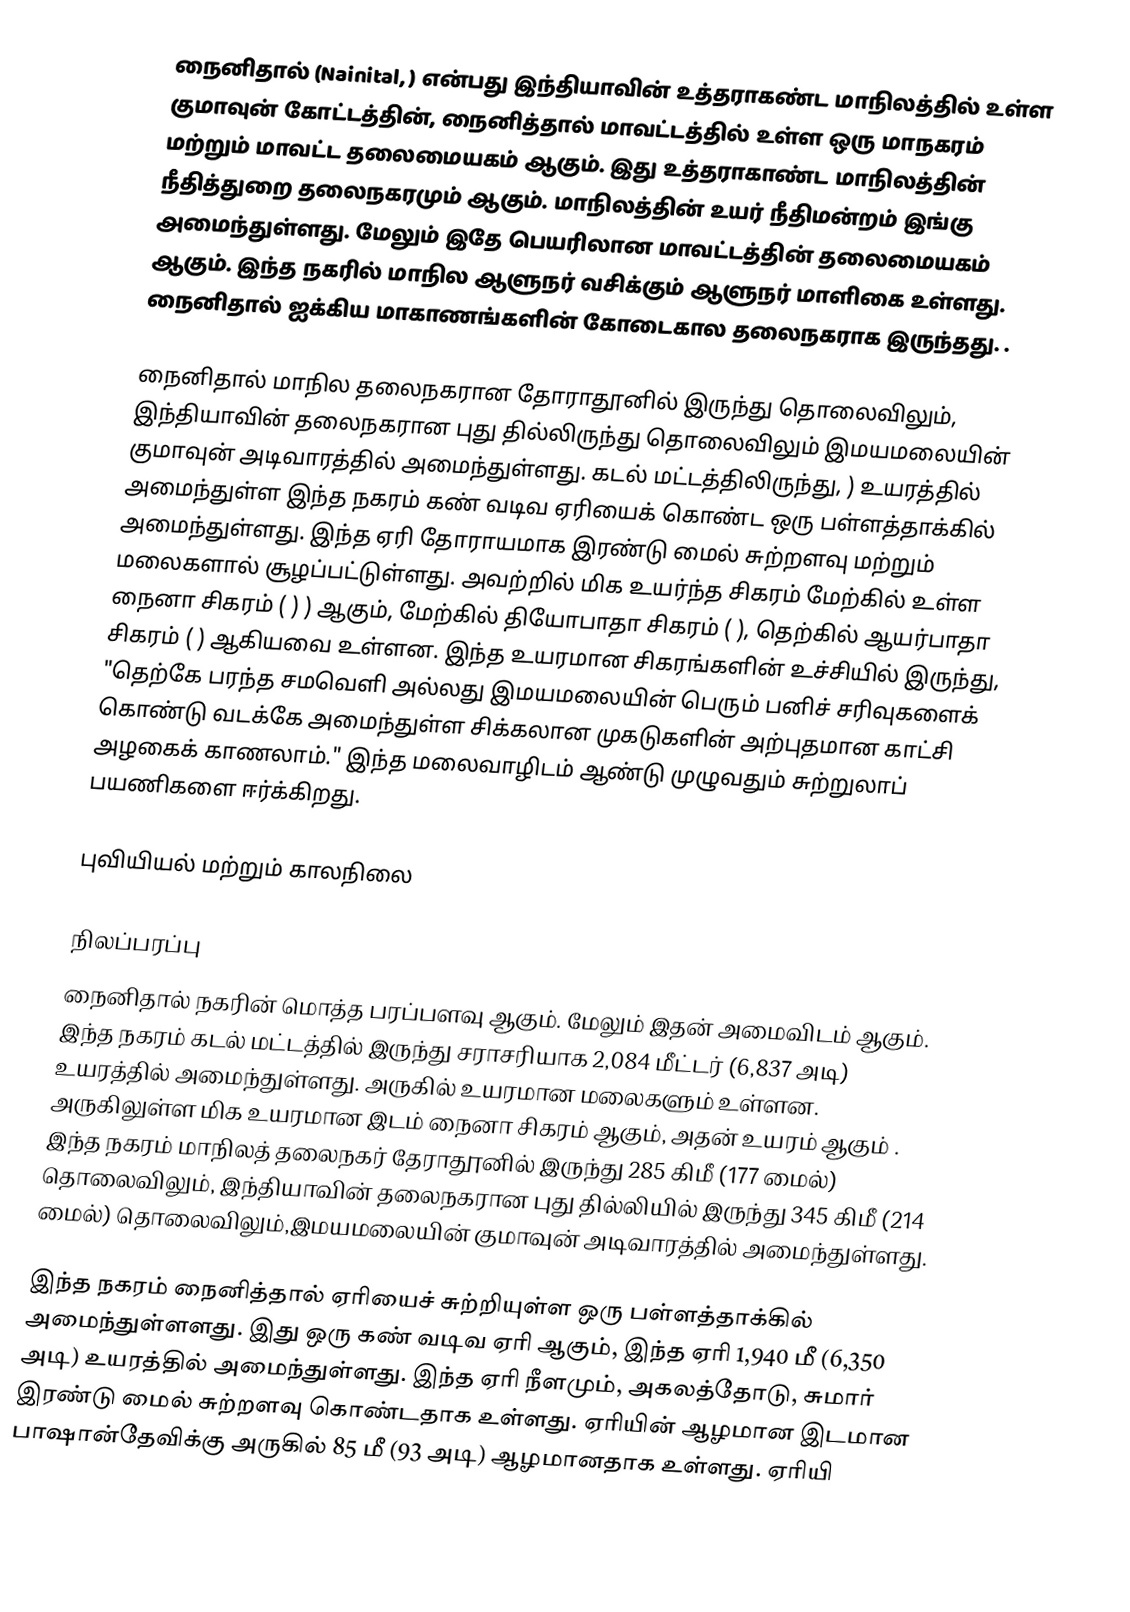
நைனிதால் (Nainital,  ) என்பது இந்தியாவின் உத்தராகண்ட மாநிலத்தில் உள்ள குமாவுன் கோட்டத்தின், நைனித்தால் மாவட்டத்தில் உள்ள ஒரு மாநகரம் மற்றும் மாவட்ட தலைமையகம் ஆகும். இது உத்தராகாண்ட மாநிலத்தின் நீதித்துறை தலைநகரமும் ஆகும். மாநிலத்தின் உயர் நீதிமன்றம் இங்கு அமைந்துள்ளது. மேலும் இதே பெயரிலான மாவட்டத்தின் தலைமையகம் ஆகும். இந்த நகரில் மாநில ஆளுநர் வசிக்கும் ஆளுநர் மாளிகை உள்ளது.    நைனிதால் ஐக்கிய மாகாணங்களின் கோடைகால தலைநகராக இருந்தது.  .

நைனிதால் மாநில தலைநகரான தோராதூனில் இருந்து  தொலைவிலும், இந்தியாவின் தலைநகரான புது தில்லிருந்து   தொலைவிலும் இமயமலையின் குமாவுன் அடிவாரத்தில் அமைந்துள்ளது. கடல் மட்டத்திலிருந்து,  ) உயரத்தில் அமைந்துள்ள இந்த  நகரம் கண் வடிவ ஏரியைக் கொண்ட ஒரு பள்ளத்தாக்கில் அமைந்துள்ளது. இந்த ஏரி தோராயமாக இரண்டு மைல் சுற்றளவு மற்றும்  மலைகளால் சூழப்பட்டுள்ளது. அவற்றில் மிக உயர்ந்த சிகரம் மேற்கில் உள்ள நைனா சிகரம் (  ) ) ஆகும், மேற்கில் தியோபாதா சிகரம் (  ), தெற்கில்  ஆயர்பாதா சிகரம் (  ) ஆகியவை உள்ளன. இந்த உயரமான சிகரங்களின் உச்சியில் இருந்து, "தெற்கே பரந்த சமவெளி அல்லது இமயமலையின் பெரும் பனிச் சரிவுகளைக் கொண்டு வடக்கே அமைந்துள்ள சிக்கலான முகடுகளின் அற்புதமான காட்சி அழகைக் காணலாம்."  இந்த மலைவாழிடம் ஆண்டு முழுவதும் சுற்றுலாப் பயணிகளை ஈர்க்கிறது.

புவியியல் மற்றும் காலநிலை

நிலப்பரப்பு
நைனிதால் நகரின் மொத்த பரப்பளவு  ஆகும். மேலும் இதன் அமைவிடம்  ஆகும்.  இந்த நகரம் கடல் மட்டத்தில் இருந்து சராசரியாக 2,084 மீட்டர் (6,837 அடி) உயரத்தில் அமைந்துள்ளது. அருகில் உயரமான மலைகளும் உள்ளன. அருகிலுள்ள மிக உயரமான இடம் நைனா சிகரம் ஆகும், அதன் உயரம்  ஆகும் . இந்த நகரம் மாநிலத் தலைநகர் தேராதூனில் இருந்து  285 கிமீ (177 மைல்) தொலைவிலும், இந்தியாவின் தலைநகரான புது தில்லியில் இருந்து  345 கிமீ (214 மைல்) தொலைவிலும்,இமயமலையின் குமாவுன் அடிவாரத்தில் அமைந்துள்ளது.

இந்த நகரம் நைனித்தால் ஏரியைச் சுற்றியுள்ள ஒரு பள்ளத்தாக்கில் அமைந்துள்ளளது.  இது ஒரு கண் வடிவ ஏரி ஆகும், இந்த ஏரி 1,940 மீ (6,350 அடி) உயரத்தில் அமைந்துள்ளது. இந்த ஏரி   நீளமும்,  அகலத்தோடு, சுமார் இரண்டு மைல் சுற்றளவு கொண்டதாக உள்ளது.  ஏரியின் ஆழமான இடமான பாஷான்தேவிக்கு அருகில் 85 மீ (93 அடி) ஆழமானதாக உள்ளது. ஏரியி